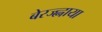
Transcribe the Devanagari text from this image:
बेरज्ह्नाया